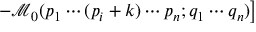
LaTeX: \left. - { \mathcal { M } } _ { 0 } ( p _ { 1 } \cdots ( p _ { i } + k ) \cdots p _ { n } ; q _ { 1 } \cdots q _ { n } ) \right]